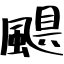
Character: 颶